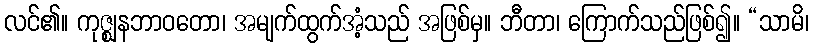
လင်၏။ ကုဇ္ဈနဘာဝတော၊ အမျက်ထွက်အံ့သည် အဖြစ်မှ။ ဘီတာ၊ ကြောက်သည်ဖြစ်၍။ “သာမိ၊